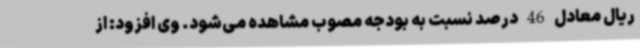
ریال معادل 46 درصد نسبت به بودجه مصوب مشاهده می‌شود. وی افزود: از